system: You are a helpful assistant.
user:
Analyze the provided spectrum to determine if it is a **M-type Giant (gM)**.

A M-type Giant spectrum is defined by its **strong molecular absorption** features, particularly from **Titanium Oxide (TiO)**. You must check for one of the following mutually exclusive signatures:

- **Key Visual Indicators (Absorption-Dominated Spectrum):**

    - **(Primary):** The spectrum is dominated by strong molecular absorption from **Titanium Oxide (TiO)**. This is the **defining feature** of its M-type temperature class.
        - **(Key Bandheads):** Look for sharp, "saw-tooth" absorption valleys. The strongest are located near **~7050 Å**, **~6160 Å**, and **~5170 Å**.
        - **(Line Profile):** The "saw-tooth" morphology is critical: a **sharp, steep drop on the BLUE (short-wavelength) side** of the bandhead, followed by a gradual recovery (rising flux) towards the RED (long-wavelength) side.

    - **(Key Confirmation - Giant vs. Dwarf):** **ABSENCE** of strong **Calcium Hydride (CaH)** molecular bands. This is the primary diagnostic for *excluding* M-dwarfs.
        - **(Key Region):** The spectrum should lack the strong, broad absorption band seen in dwarfs between **~6800 Å and ~7000 Å**.

    - **(Secondary Confirmation - Giant):** A very strong and broad **Neutral Calcium (Ca I)** atomic absorption line.
        - **(Key Line):** Located at **~4226 Å**. In a giant (gM), this line is significantly deeper and broader than the same line in an M-dwarf (dM) due to low surface gravity.

    - **(Overall Spectrum):**
        - The continuum is **extremely red-sloping** (i.e., flux is very low in the blue and rises dramatically towards the red).
        - The entire spectrum appears "chopped up" by the deep TiO bands.

Think first, call **spectral_visualization_tool** if needed to examine features in detail, then provide your final answer. Your response must adhere to the following strict rules:
1.  **Overall Structure:** Your response must follow the format `<think>...</think> <tool_call>...</tool_call> (if a tool is used) <answer>...</answer>`.
2.  **Tool Usage Constraint:** You may only make **one** tool call per turn.
3.  **Final Answer Format:** In the `<answer>` tag, your conclusion must be inside a `\boxed{}` command (e.g., `\boxed{YES}` or `\boxed{NO}`), followed by your justification.

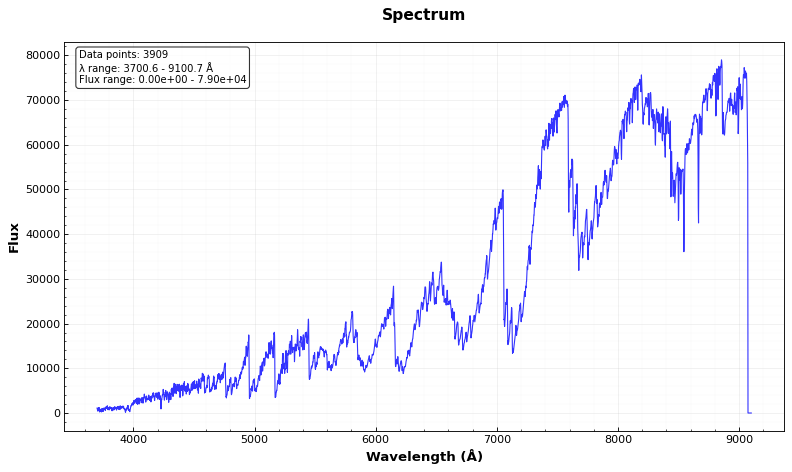
Answer: YES